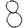
Digit: 8